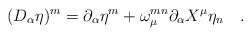
\begin{align*}(D_\alpha \eta)^m = \partial_\alpha \eta^m + \omega_\mu^{mn}\partial_\alpha X^\mu \eta_n \quad .\end{align*}